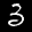
Label: 3